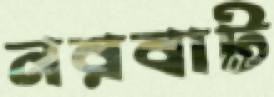
নরবাট